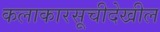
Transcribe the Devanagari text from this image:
कलाकारसूचीदेखील